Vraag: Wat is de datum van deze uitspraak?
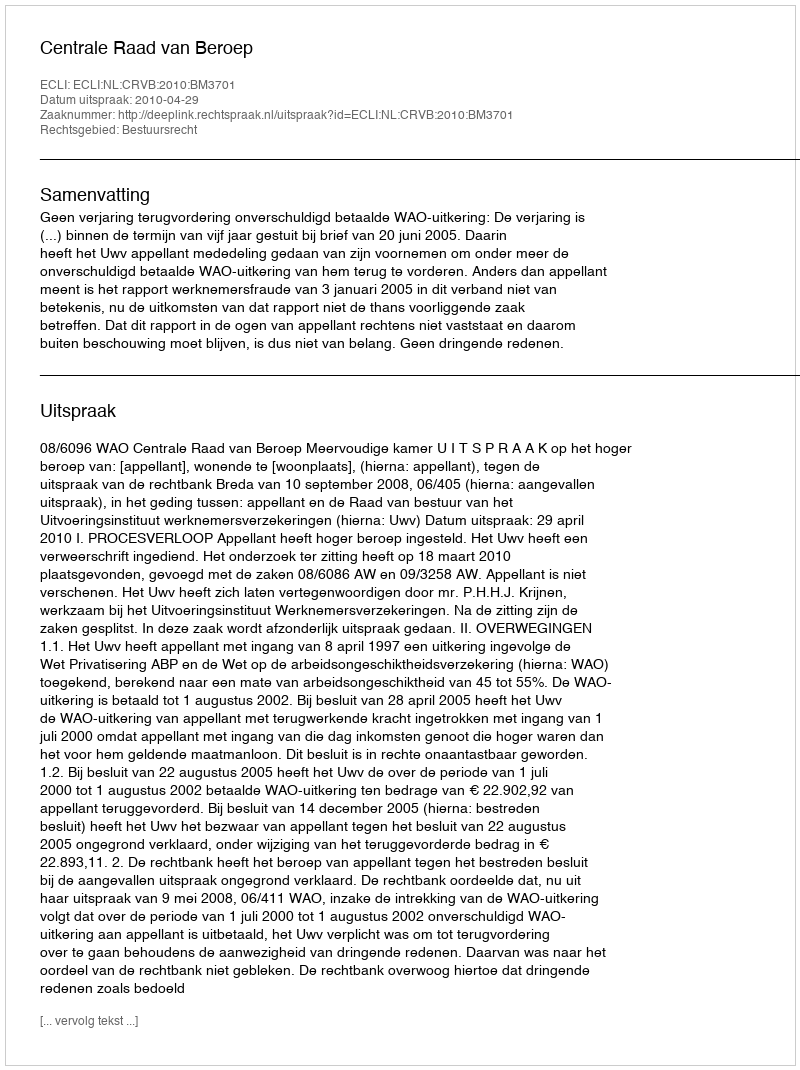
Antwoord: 2010-04-29